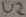
Text: U2